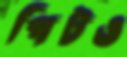
পিটও